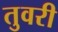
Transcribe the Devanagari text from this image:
तुवरी